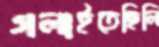
গলাইতেছিলি